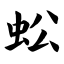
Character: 蚣